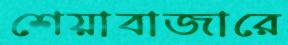
শেয়াবাজারে